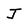
Character: J